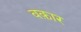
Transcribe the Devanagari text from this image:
वक़ार